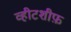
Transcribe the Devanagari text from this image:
व्हीटशीफ़